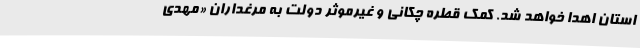
استان اهدا خواهد شد. کمک قطره چکانی و غیرموثر دولت به مرغداران «مهدی